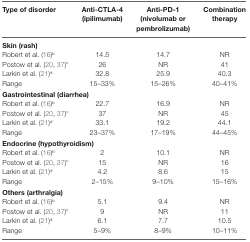
<table><thead><tr><td><b>Type of disorder</b></td><td><b>Anti-CTLA-4 (ipilimumab)</b></td><td><b>Anti-PD-1 (nivolumab or pembrolizumab)</b></td><td><b>Combination therapy</b></td></tr></thead><tbody><tr><td colspan="4"><b>Skin (rash)</b></td></tr><tr><td>Robert et al. (16)<sup>b</sup></td><td>14.5</td><td>14.7</td><td>NR</td></tr><tr><td>Postow et al. (20, 37)<sup>c</sup></td><td>26</td><td>NR</td><td>41</td></tr><tr><td>Larkin et al. (21)<sup>d</sup></td><td>32.8</td><td>25.9</td><td>40.3</td></tr><tr><td>Range</td><td>15–33%</td><td>15–26%</td><td>40–41%</td></tr><tr><td colspan="4"><b>Gastrointestinal (diarrhea)</b></td></tr><tr><td>Robert et al. (16)<sup>b</sup></td><td>22.7</td><td>16.9</td><td>NR</td></tr><tr><td>Postow et al. (20, 37)<sup>c</sup></td><td>37</td><td>NR</td><td>45</td></tr><tr><td>Larkin et al. (21)<sup>d</sup></td><td>33.1</td><td>19.2</td><td>44.1</td></tr><tr><td>Range</td><td>23–37%</td><td>17–19%</td><td>44–45%</td></tr><tr><td colspan="4"><b>Endocrine (hypothyroidism)</b></td></tr><tr><td>Robert et al. (16)<sup>b</sup></td><td>2</td><td>10.1</td><td>NR</td></tr><tr><td>Postow et al. (20, 37)<sup>c</sup></td><td>15</td><td>NR</td><td>16</td></tr><tr><td>Larkin et al. (21)<sup>d</sup></td><td>4.2</td><td>8.6</td><td>15</td></tr><tr><td>Range</td><td>2–15%</td><td>9–10%</td><td>15–16%</td></tr><tr><td colspan="4"><b>Others (arthralgia)</b></td></tr><tr><td>Robert et al. (16)<sup>b</sup></td><td>5.1</td><td>9.4</td><td>NR</td></tr><tr><td>Postow et al. (20, 37)<sup>c</sup></td><td>9</td><td>NR</td><td>11</td></tr><tr><td>Larkin et al. (21)<sup>d</sup></td><td>6.1</td><td>7.7</td><td>10.5</td></tr><tr><td>Range</td><td>5–9%</td><td>8–9%</td><td>10–11%</td></tr></tbody></table>